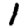
Digit: 1